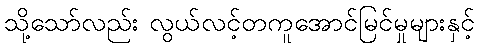
သို့သော်လည်း လွယ်လင့်တကူအောင်မြင်မှုများနှင့်